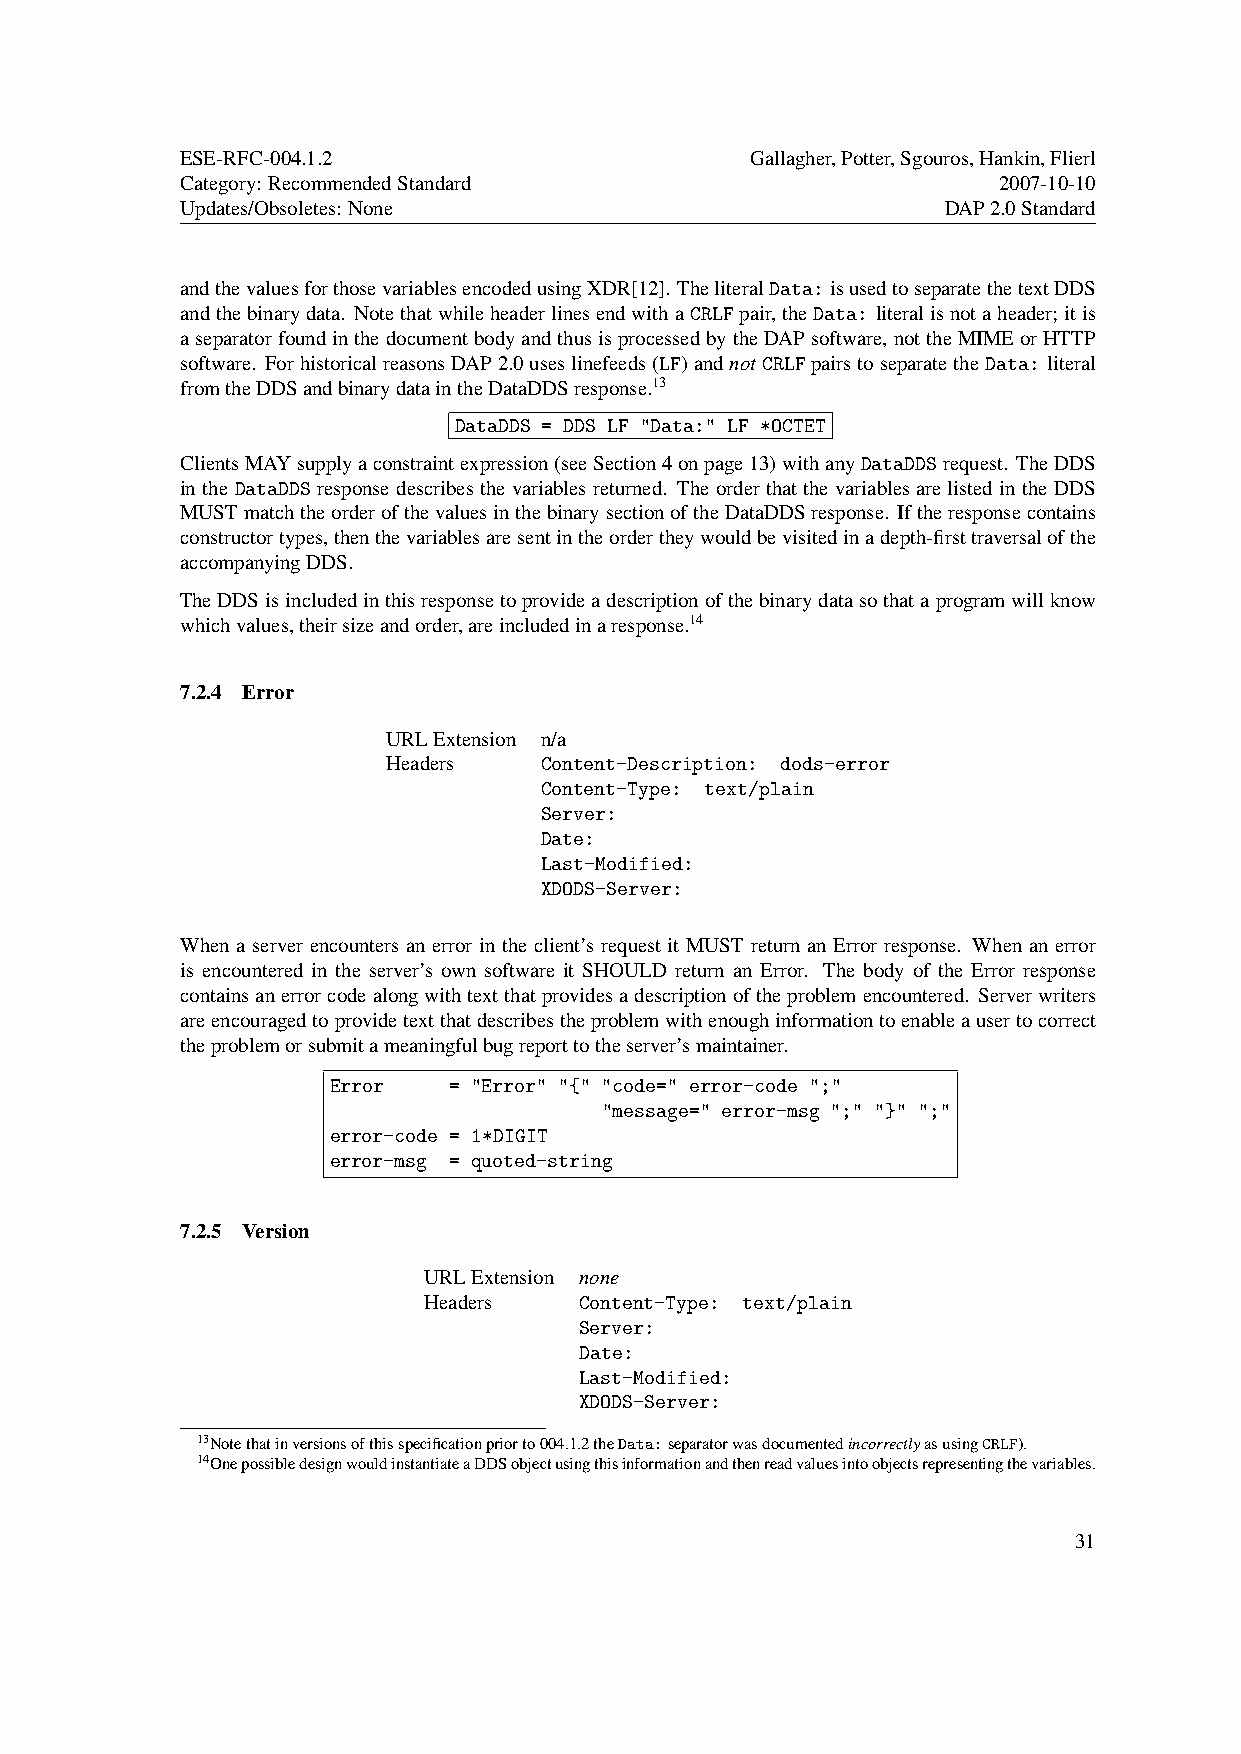
ESE-RFC-004.1.2                       Gallagher,Potter,Sgouros,Hankin,Flierl
 Category: RecommendedStandard                         2007-10-10
 Updates/Obsoletes: None                            DAP2.0Standard
 andthevaluesforthosevariablesencodedusingXDR[12]. TheliteralData: isusedtoseparatethetextDDS
 andthebinarydata. NotethatwhileheaderlinesendwithaCRLFpair,theData: literalisnotaheader;itis
 aseparatorfoundinthedocumentbodyandthusisprocessedbytheDAPsoftware, nottheMIMEorHTTP
 software. ForhistoricalreasonsDAP2.0useslinefeeds(LF)andnotCRLFpairstoseparatetheData: literal
 fromtheDDSandbinarydataintheDataDDSresponse.13
 DataDDS = DDS LF "Data:" LF *OCTET
 ClientsMAYsupplyaconstraintexpression(seeSection4onpage13)withanyDataDDSrequest. TheDDS
 in the DataDDS response describes the variables returned. The order that the variables are listed in the DDS
 MUSTmatchtheorderofthevaluesinthebinarysectionoftheDataDDSresponse. Iftheresponsecontains
 constructortypes,thenthevariablesaresentintheordertheywouldbevisitedinadepth-firsttraversalofthe
 accompanyingDDS.
 TheDDSisincludedinthisresponsetoprovideadescriptionofthebinarydatasothataprogramwillknow
 whichvalues,theirsizeandorder,areincludedinaresponse.14
 7.2.4 Error
 URLExtension n/a
 Headers   Content-Description: dods-error
 Content-Type: text/plain
 Server:
 Date:
 Last-Modified:
 XDODS-Server:
 When a server encounters an error in the client’s request it MUST return an Error response. When an error
 is encountered in the server’s own software it SHOULD return an Error. The body of the Error response
 containsanerrorcodealongwithtextthatprovidesadescriptionoftheproblemencountered. Serverwriters
 areencouragedtoprovidetextthatdescribestheproblemwithenoughinformationtoenableausertocorrect
 theproblemorsubmitameaningfulbugreporttotheserver’smaintainer.
 Error   = "Error" "{" "code=" error-code ";"
 "message=" error-msg ";" "}" ";"
 error-code = 1*DIGIT
 error-msg = quoted-string
 7.2.5 Version
 URLExtension none
 Headers   Content-Type: text/plain
 Server:
 Date:
 Last-Modified:
 XDODS-Server:
 13Notethatinversionsofthisspecificationpriorto004.1.2theData:separatorwasdocumentedincorrectlyasusingCRLF).
 14OnepossibledesignwouldinstantiateaDDSobjectusingthisinformationandthenreadvaluesintoobjectsrepresentingthevariables.
 31